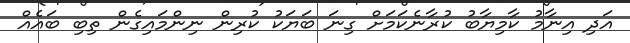
އަދި އިނާމު ކާމިޔާބު ކުރާނެކަމަށް ގިނަ ބަޔަކު ކުރިން ނިންމައިގެން ތިބި ބައެއް